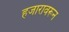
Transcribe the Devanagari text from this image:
हजारावरून